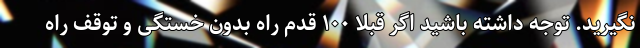
نگیرید. توجه داشته باشید اگر قبلا ۱۰۰ قدم راه بدون خستگی و توقف راه